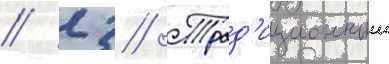
// 2 // Трад'иционныи